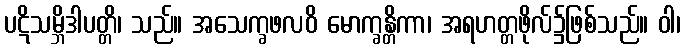
ပဋိသမ္ဘိဒါပတ္တိ၊ သည်။ အသေက္ခဖလဝိ မောက္ခန္တိကာ၊ အရဟတ္တဖိုလ်၌ဖြစ်သည်။ ဝါ၊